Annual report on the lock hospitals of the Madras Presidency
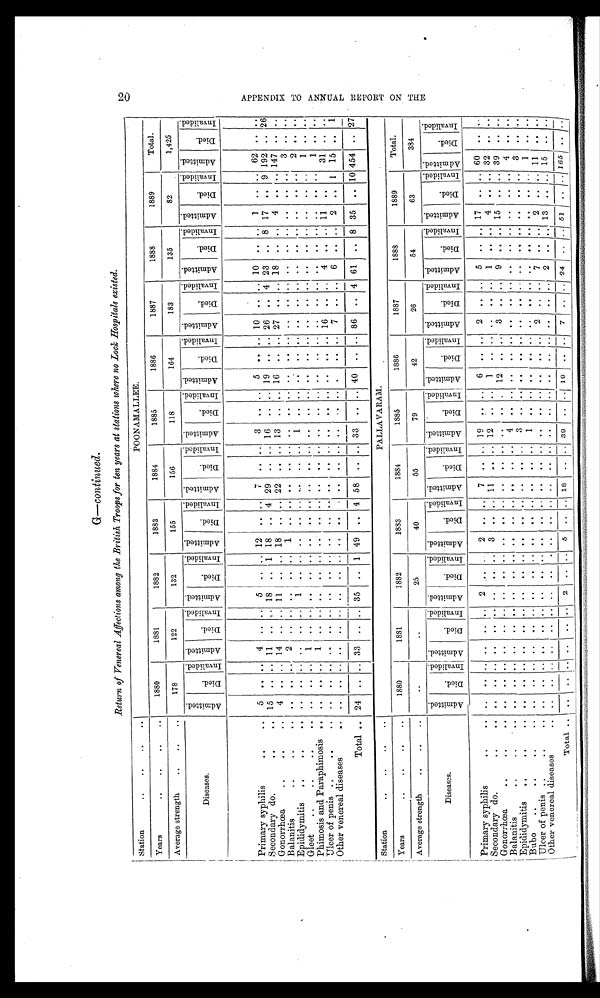
Return of Venereal Affections among the British Troops for ten years at stations where no Lock Hospitals existed.
Station
. .
. .
. .
. .
POONAMALLEE.
Years
. .
. .
. .
. .
1880
1881
1882
1883
1884
1885
1886
1887
1888
1889
Total.
Average strength
. .
. .
. .
178
122
132
155
156
118
164
183
135
82
1,425
Diseases.
A d m i t t e d .
D i e d .
I n v a l i d e d .
Admitted.
Di ed.
I nval i ded. A d m i t t e d .
D i e d .
I n v a l i d e d . Admi t t ed.
D i e d .
I n v a l i d e d .
A d m i t t e d .
D i e d .
I nval i ded.
A d m i t t e d .
D i e d .
I n v a l i d e d . A d m i t t e d .
D i e d .
I n v a l i d e d . A d m i t t e d .
D i e d .
Inval i ded. A d m i t t e d .
Died.
I n v a l i d e d . A d m i t t e d .
D i e d .
I n v a l i d e d . A d m i t t e d .
D i e d .
I n v a l i d e d .
Primary syphilis.. ..
. .
5
. .
. . 4 .. ..
5
. .
. . 12
. . ..
7
. . ..
3
. .
. . 5
. .
. . 10
. . ..
10
..
. .
1
. .
. . 62
. . ..
Secondary do.
. .
. .
. . 15
. .
. . 11
..
..
18
. .
1
18
. .
4 29
. .
..
16
. .
. . 19
. .
. . 26
. .
4 23
..
8
17
. .
9 192
. . 26
Gonorrhœa
. .
. .
. .
4
. .
. . 14 .. ..
11
. .
. . 18
. .
. . 22
. .
..
13
. .
. . 16
. .
. . 27
. . ..
18 ..
. . 4
. .
. . 147
. . ..
Balanitis
. .
. .
. .
. .
. .
. . 2 ..
..
. .
. .
. .
1
. .
. .
. .
. . ..
. .
. .
. .
. .
. .
. .
. .
. . ..
. . ..
. .
. .
. .
. .
3
. . ..
Epididymitis
. .
. .
. .
. .
. .
. .
. . ..
..
1
. .
. .
..
. .
. .
. .
. . ..
1
. .
. .
. .
. .
. .
. .
. . ..
. . ..
. .
. .
. .
. .
2
. . ..
Gleet
..
. .
. .
..
. .
. .
. .
. . 1 ..
..
. .
. .
. .
..
. .
. .
. .
. . ..
. .
. .
. .
. .
. .
. .
. .
. . ..
. . ..
. .
. .
. .
. .
1
. . ..
Phimosis and Paraphimosis
. .
. .
. .
. . 1 ..
..
. .
. .
. .
..
. .
. .
. .
. . ..
. .
. .
. .
. .
. .
. .
. .
. . ..
. . ..
. .
. .
. .
. .
1
. . ..
Ulcer of penis
. .
. .
. .
. .
. .
. .
. . ..
..
. .
. .
. .
..
. .
. .
. .
. . ..
. .
. .
. .
. .
. .
. . 16
. .
..
4 ..
. . 11
. .
. . 31
. . ..
Other venereal diseases
. .
. .
. .
. .
. . ..
..
. .
. .
. .
..
. .
. .
. .
. . ..
. .
. .
. . ..
. .
. . 7
. . ..
6
..
. .
2
. . 1
15
. .
1
Total
. . 24
. .
. . 33 ..
..
35
. .
1 49
. .
4 58
. . ..
33
. .
. . 40
. .
. . 86
. .
4
61
..
8 35
. .
454
. . 27
Station
. .
. .
. .
. .
Years
. .
. .
. .
. .
1880
1881
1882
1883
1884
1885
1886
1887
1888
1889
Total.
Average strength
. .
. .
. .
. .
. . .
25
4 0
55
79
42
26
54
63
384
Diseases.
. .
A d m i t t e d .
D i e d .
I n v a l i d e d .
Admi t t ed.
Died.
I nval i ded. A d m i t t e d .
D i e d .
I n v a l i d e d . Admi t t ed.
D i e d .
I n v a l i d e d . A d m i t t e d .
D i e d .
I nval i ded. . A d m i t t e d .
D i e d .
I n v a l i d e d . A d m i t t e d .
D i e d .
I n v a l i d e d . A d m i t t e d .
D i e d .
Inval i ded. A d m i t t e d .
Died.
I n v a l i d e d . A d m i t t e d .
D i e d .
I n v a l i d e d . A d m i t t e d .
Died.
I n v a l i d e d .
Primary syphilis
. .
. .
. .
. .
. .
. .
..
..
2
. .
. .
2
. .
. . 7
. .
..
19
..
. .
6
. .
. .
2
. .
..
5
..
. . 17
. .
. . 60
. . ..
Secondary do.
. .
. .
. .
. .
. .
. .
. .
..
..
. .
. .
. . 3
. .
. . 11
. .
..
12
..
. .
1
. .
. .
. .
. . ..
1
..
. .
4
. .
. . 32
. .
..
Gonorrhœa
. .
. .
. .
. .
. .
. .
. .
..
..
. .
. .
. . ..
. .
. .
. .
. . ..
. .
. . ..
12
. .
. .
3
. . ..
9
..
. . 15
. .
. . 39
. . ..
Balanitis
. .
...
. .
. .
. .
. .
. .
..
..
. .
. .
. . ..
. .
. .
. .
. . ..
4
. . . .
. .
. .
. .
. .
. . ..
. . ..
. .
. .
. .
. . 4
. . ..
Epididymitis
. .
. .
. .
. .
. .
. .
. .
..
..
. .
. .
. . ..
. .
. .
. .
. . ..
3
..
. .
. .
..
..
. .
. .
..
. .
..
..
. .
. .
. . 3
..
..
Bubo
..
. . . .
. .
. .
. .
. .
. .
. .
..
..
. .
. .
. . ..
. .
. . . .
. . ..
1 ..
. . . .
. .
. . . .
. . ..
. .
..
..
..
. .
..
1
..
..
Ulcer of penis
. .
..
. .
. .
. .
. .
. . ..
..
. .
. .
. .
..
. .
. .
. .
. . ..
. .
. . . .
. .
. .
. .
2
. . ..
7 ..
. . 2
. .
. . 11
. .
..
Other venereal diseases.
. .
. .
. .
. .
. . ..
..
. .
. .
. .
..
. .
. .
. .
. . ..
. .
. .
. .
. .
. .
. . . .
. . ..
2
..
. . 13
. .
. . 15
. . ..
Total
. .
. .
. .
. .
. .
..
..
2 ..
. . 5
. .
. . 18
. . .. 39
. .
. . 19
. .
7
. . .. 24 ....
. . 51
. .
. . 165
. . . .
A P P E N D I X T O A N N U A L R E P O R T O N T H E
0
0